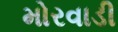
મોરવાડી